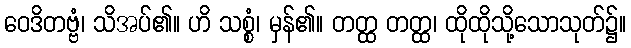
ဝေဒိတဗ္ဗံ၊ သိအပ်၏။ ဟိ သစ္စံ၊ မှန်၏။ တတ္ထ တတ္ထ၊ ထိုထိုသို့သောသုတ်၌။